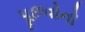
પૂછવોનો